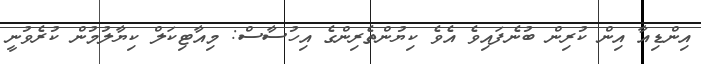
އިންޑިއާ އިން ކުރިން ބުނެފައިވެ އެވެ ކިޔުންތެރިންގެ އިހުސާސް: މިއާޓިކަލް ކިޔާލުމުން ކުރެވުނީ